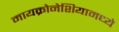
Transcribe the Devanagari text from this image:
मायक्रोनेशियामध्ये